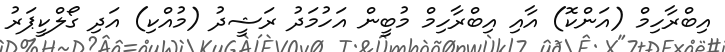
އިބްރާހިމް (އަންކޮ) އާއި އިބްރާހިމް މުބީން އަހުމަދު ރަޝީދު (މުއްކި) އަދި ގޯލްކީޕަރު